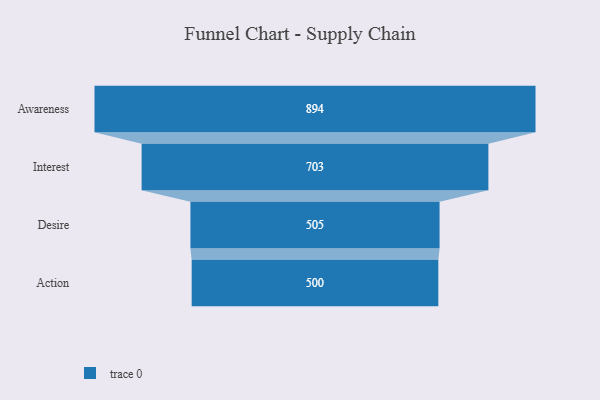
{"axis": {"x": "Stage", "y": "Value"}, "legend": [""], "data": [{"x": "Awareness", "y": 894.0, "type": ""}, {"x": "Interest", "y": 703.0, "type": ""}, {"x": "Desire", "y": 505.0, "type": ""}, {"x": "Action", "y": 500, "type": ""}]}